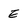
Character: E